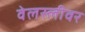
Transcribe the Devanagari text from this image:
वेलस्लीवर